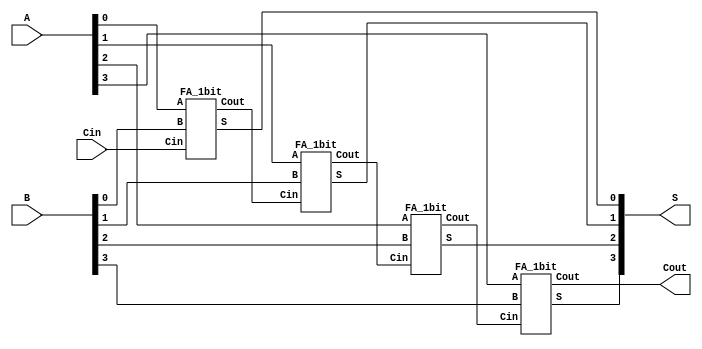

module FullAdder(A, B, Cin, S, Cout);
    input [3:0] A, B;
    input Cin;
    output [3:0] S;
    output Cout;
    wire [2:0] t;
    
    FA_1bit FA0(.A(A[0]), .B(B[0]), .Cin(Cin), .S(S[0]), .Cout(t[0]));
    FA_1bit FA1(.A(A[1]), .B(B[1]), .Cin(t[0]), .S(S[1]), .Cout(t[1]));
    FA_1bit FA2(.A(A[2]), .B(B[2]), .Cin(t[1]), .S(S[2]), .Cout(t[2]));
    FA_1bit FA3(.A(A[3]), .B(B[3]), .Cin(t[2]), .S(S[3]), .Cout(Cout));
endmodule

module FA_1bit(A, B, Cin, S, Cout);
    input A, B, Cin;
    output S, Cout;
    
    assign S = Cin ^ A ^ B;
    assign Cout = (A & B) | ( Cin & B) | (Cin & A);
endmodule